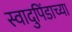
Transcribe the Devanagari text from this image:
स्वादुपिंडाच्या